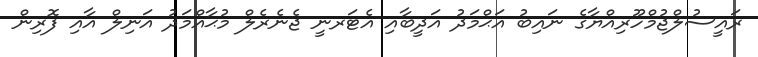
ރައީސުލްޖުމްހޫރިއްޔާގެ ނައިބު އަޙްމަދު އަދީބާއި އެޓަރނީ ޖެނެރެލް މުޙާއްމަދު އަނިލް އާއި ފޮރިން